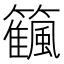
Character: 𥷜